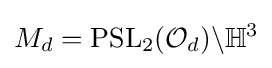
M_{d}={\text{PSL}}_{2}({\mathcal {O}}_{d})\backslash \mathbb {H} ^{3}